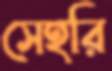
সেহরি